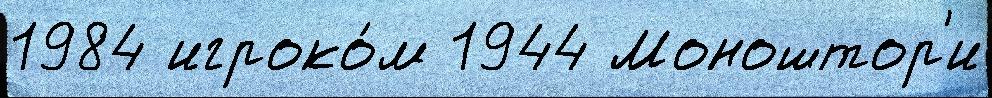
1984 игроко́м 1944 Моноштор'и